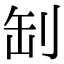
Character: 㓡